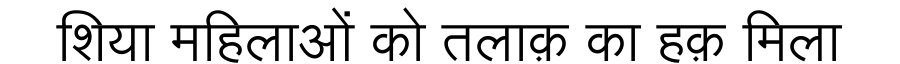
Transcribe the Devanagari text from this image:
शिया महिलाओं को तलाक़ का हक़ मिला